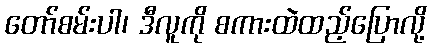
တော်စမ်းပါ၊ ဒီလူကို စကားထဲထည့်ပြောလို့